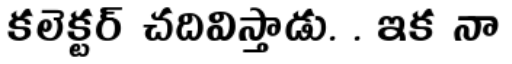
కలెక్టర్ చదివిస్తాడు. . ఇక నా